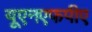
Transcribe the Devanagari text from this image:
यूएनएफपीए